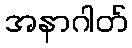
အနာဂါတ်